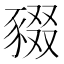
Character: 䝌